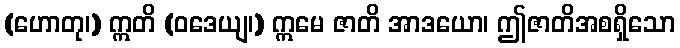
(ဟောတု၊) ဣတိ (ဝဒေယျ၊) ဣမေ ဇာတိ အာဒယော၊ ဤဇာတိအစရှိသော